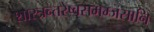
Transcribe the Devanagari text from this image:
शास्त्रन्तरेष्वसमम्जसानि